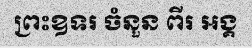
ព្រះឧទរ ចំនួន ពីរ អង្គ